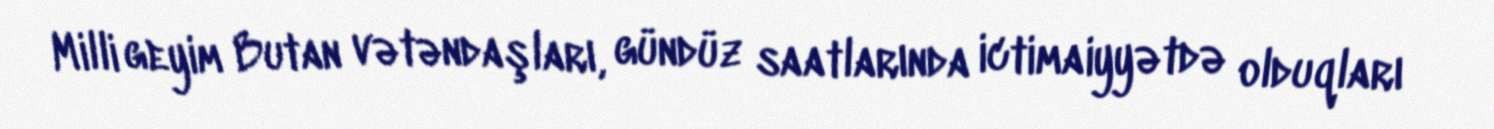
Milli geyim Butan vətəndaşları, gündüz saatlarında ictimaiyyətdə olduqları